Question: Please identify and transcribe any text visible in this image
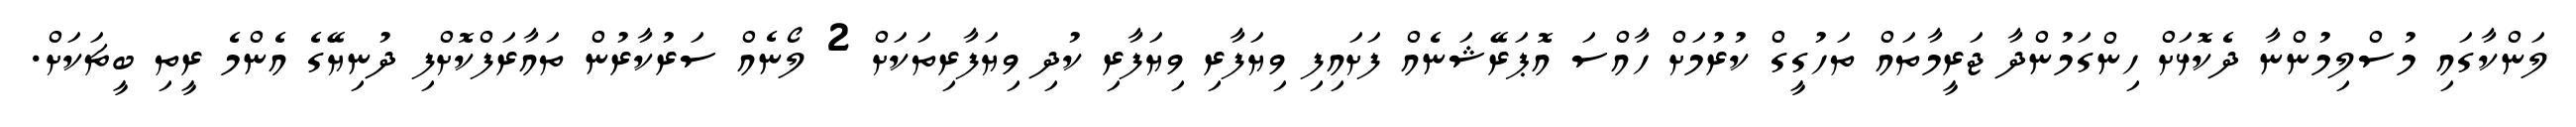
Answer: ލަންކާގައި މުސްލިމުންނާ ދެކޮޅަށް ހިންގަމުންދާ ޖަރީމާތައް ތަހުގީގް ކުރުމަށް ހާއްސަ އޮޕަރޭޝަނެއް ފަށައިފި ވިޔަފާރި ވިޔަފާރި ކުދި ވިޔަފާރިތަކަށް 2 ލޯނެއް ސަރުކާރުން ތައާރަފްކޮށްފި ދުނިޔޭގެ އެންމެ ރީތި ބީޗަކަށް.